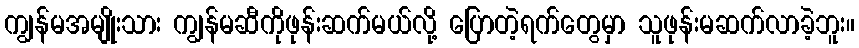
ကျွန်မအမျိုးသား ကျွန်မဆီကိုဖုန်းဆက်မယ်လို့ ပြောတဲ့ရက်တွေမှာ သူဖုန်းမဆက်လာခဲ့ဘူး။